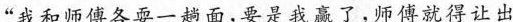
”我和师傅各耍一趟面，要是我赢了，师傅就得让出